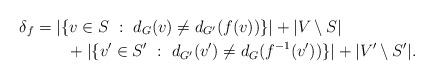
LaTeX: \begin{align*}\delta_f &= |\{v\in S~:~d_G(v)\neq d_{G'}(f(v))\}|+ |V\setminus S| \\&\qquad+ |\{v'\in S'~:~d_{G'}(v')\neq d_G(f^{-1}(v'))\}| + |V'\setminus S'|.\end{align*}